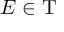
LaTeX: E \in \mathrm { T }